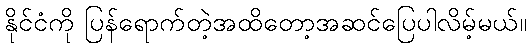
နိုင်ငံကို ပြန်ရောက်တဲ့အထိတော့အဆင်ပြေပါလိမ့်မယ်။